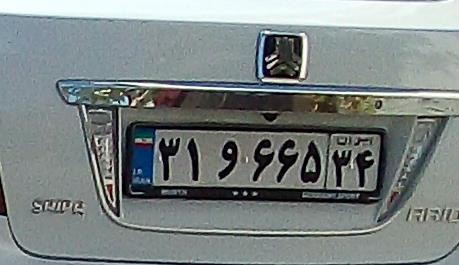
۳۱و۶۶۵۳۴